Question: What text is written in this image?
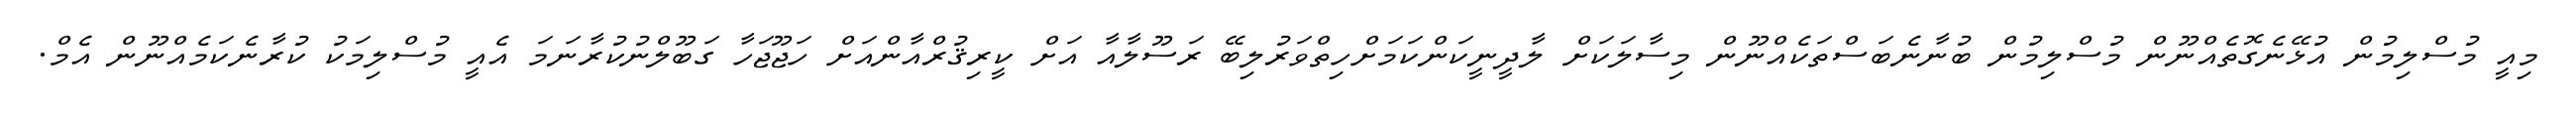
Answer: މިއީ މުސްލިމުން އުޅޭނެގޮތެއްނޫން މުސްލިމުން ބުނާނެބަސްތަކެއްނޫން މިސާލަކަށް ލާދީނީކަންކަމަށްހިތްވަރުލިބޭ ރަސޫލާއާ އަށް ކީރިޤުރްއާންއަށް ހަޖޫޖަހާ ގަބޫލްނުކުރާނަމަ އެއީ މުސްލިމަކު ކުރާނެކަމެއްނޫން އެމް.